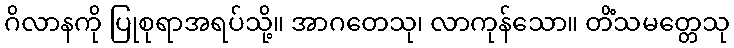
ဂိလာနကို ပြုစုရာအရပ်သို့။ အာဂတေသု၊ လာကုန်သော။ တိံသမတ္တေသု